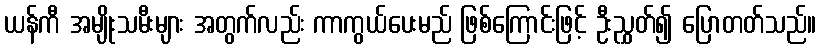
ယန်ကီ အမျိုးသမီးများ အတွက်လည်း ကာကွယ်ပေးမည် ဖြစ်ကြောင်းဖြင့် ဦးညွှတ်၍ ပြောတတ်သည်။